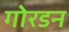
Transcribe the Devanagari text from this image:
गोरडन